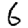
Digit: 6